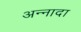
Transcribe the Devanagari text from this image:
अन्नादा